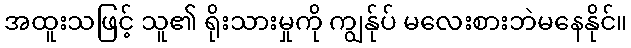
အထူးသဖြင့် သူ၏ ရိုးသားမှုကို ကျွန်ုပ် မလေးစားဘဲမနေနိုင်။